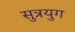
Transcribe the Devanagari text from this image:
सुत्रयुग